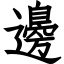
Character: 邊